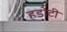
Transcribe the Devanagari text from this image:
हडोटी